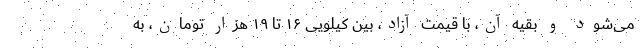
می‌شود و بقیه آن، با قیمت آزاد، بین کیلویی ۱۶ تا ۱۹ هزار تومان، به